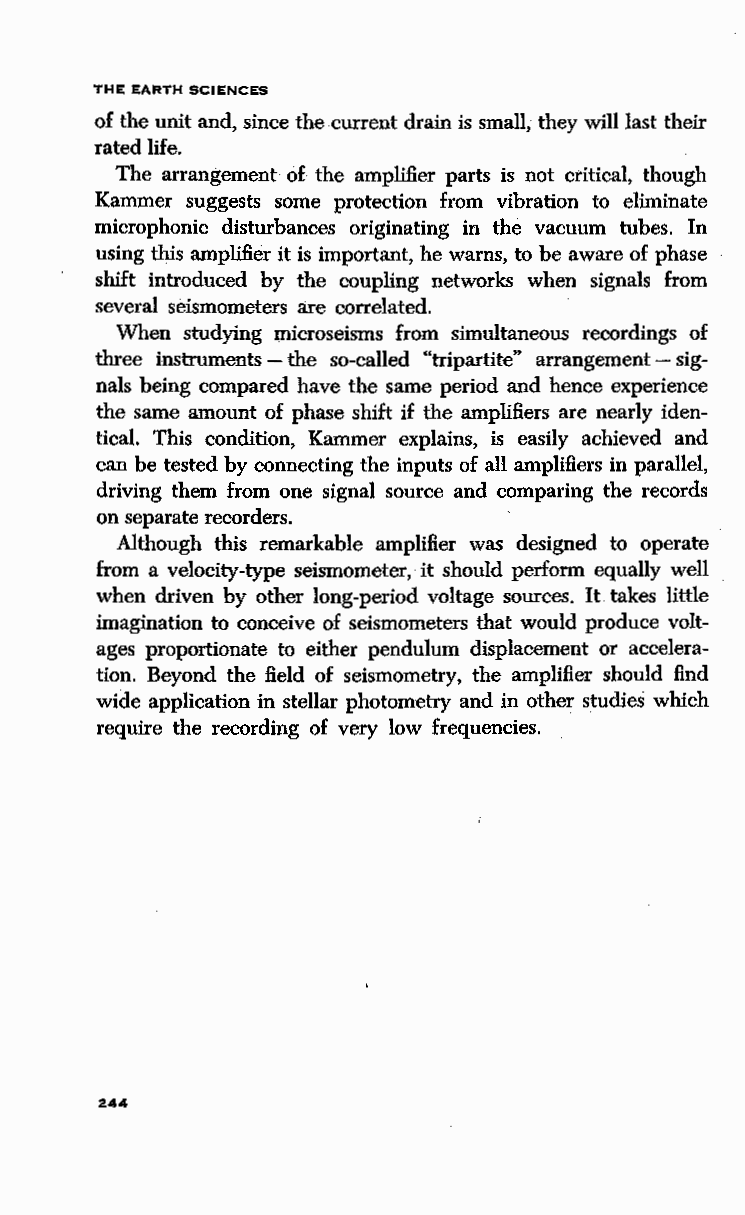
THE EARTH SCIENCES
 of the unit and, since the current drain is small, they will last their
 rated life.
 o£
 The arrangement the amplifier parts is not critical, though
 Kammer suggests some protection from vibration to eliminate
 microphonic disturbances originating in the vacuum tubes. In
 using this amplifier it is important, he warns, to be aware of phase
 shift introduced by the coupling networks when signals from
 several seismometers are correlated.
 When studying microseisms from simultaneous recordings of
 three instruments - the so-called "tripartite" arrangement - sig
 nals being compared have the same period and hence experience
 the same amount of phase shift if the amplifiers are nearly iden
 tical. This condition, Kammer explains, is easily achieved and
 can be tested by connecting the inputs of all amplifiers in parallel,
 driving them from one signal source and comparing the records
 on separate recorders.
 Although this remarkable amplifier was designed to operate
 from a velocity-type seismometer,· it should pedorm equally well
 when driven by other long-period voltage sources. It takes little
 imagination to conceive of seismometers that would produce volt
 ages proportionate to either pendulum displacement or accelera
 tion. Beyond the field of seismometry, the amplifier should find
 wide application in stellar photometry and in other studies which
 require the recording of very low frequencies.
 2.44